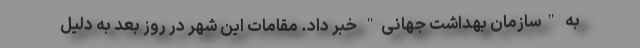
به "سازمان بهداشت جهانی" خبر داد. مقامات این شهر در روز بعد به دلیل